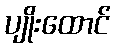
ပျိုးထောင်